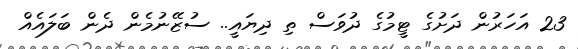
23 އަހަރުން ދަށުގެ ޓީމުގެ ދުވަސް ތި ދިޔައީ.. ސުޒޭނުމެން ދެން ބަލައެއް